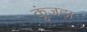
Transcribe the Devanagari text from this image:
कुंजड़ा